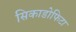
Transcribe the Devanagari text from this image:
सिकाडोफिटा